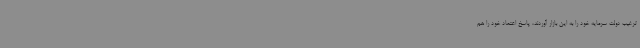
ترغیب دولت سرمایه خود را به این بازار آوردند، پاسخ اعتماد خود را هم